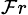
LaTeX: _{\mathcal{F}r}